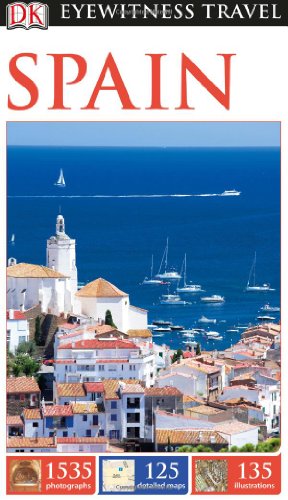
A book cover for DK Eyewitness Travel Guide: Spain; DK Publishing; Travel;